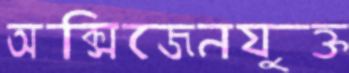
অক্সিজেনযুক্ত